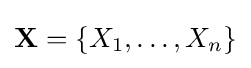
{\textbf {X}}=\{X_{1},\ldots ,X_{n}\}